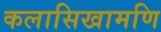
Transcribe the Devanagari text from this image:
कलासिखामणि